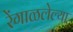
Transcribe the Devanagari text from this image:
रेंगाळलेल्या